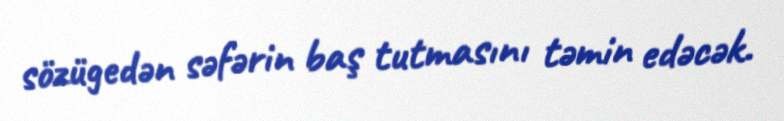
sözügedən səfərin baş tutmasını təmin edəcək.